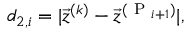
d _ { 2 , i } = | \vec { z } ^ { ( k ) } - \vec { z } ^ { ( \mathrm { ~ P ~ } _ { i + 1 } ) } | ,